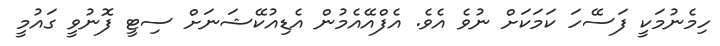
ހިމެނުމަކީ ފަސޭހަ ކަމަކަށް ނުވެ އެވެ. އެފްއޭއެމުން އެޑިއުކޭޝަނަށް ސިޓީ ފޮނުވީ ގައުމީ